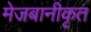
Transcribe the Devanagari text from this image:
मेजबानीकृत